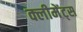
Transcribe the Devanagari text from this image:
क्लीमेंट्स